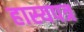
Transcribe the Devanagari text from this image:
हास्यपत्र